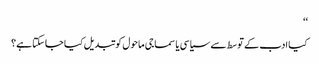
‘‘
کیا ادب کے توسط سے سیاسی یا سماجی ماحول کو تبدیل کیا جاسکتا ہے؟